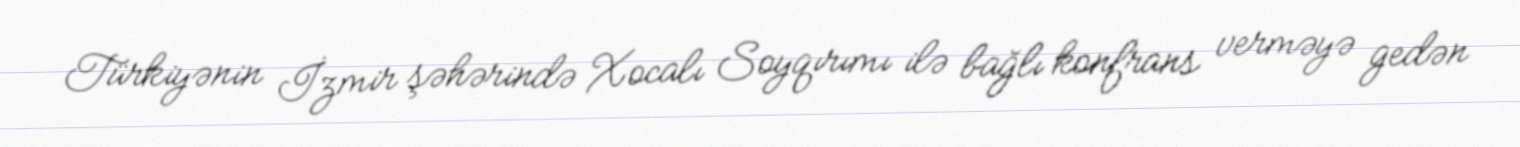
Türkiyənin İzmir şəhərində Xocalı Soyqırımı ilə bağlı konfrans verməyə gedən